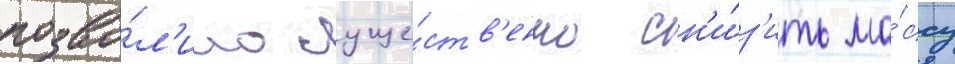
позво́л'ило суще́ств'енно сн'и́з'ить ма́ссу